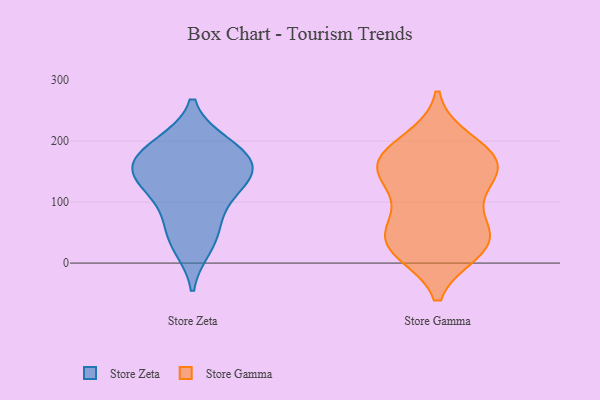
{"axis": {"x": "Market Share (%)", "y": "Value"}, "legend": ["Store Gamma", "Store Zeta"], "data": [{"x": "", "y": 126, "type": "Store Zeta"}, {"x": "", "y": 144, "type": "Store Zeta"}, {"x": "", "y": 90, "type": "Store Zeta"}, {"x": "", "y": 28, "type": "Store Zeta"}, {"x": "", "y": 191, "type": "Store Zeta"}, {"x": "", "y": 141, "type": "Store Zeta"}, {"x": "", "y": 195, "type": "Store Zeta"}, {"x": "", "y": 164, "type": "Store Zeta"}, {"x": "", "y": 164, "type": "Store Zeta"}, {"x": "", "y": 52, "type": "Store Zeta"}, {"x": "", "y": 70, "type": "Store Gamma"}, {"x": "", "y": 28, "type": "Store Gamma"}, {"x": "", "y": 140, "type": "Store Gamma"}, {"x": "", "y": 79, "type": "Store Gamma"}, {"x": "", "y": 157, "type": "Store Gamma"}, {"x": "", "y": 172, "type": "Store Gamma"}, {"x": "", "y": 135, "type": "Store Gamma"}, {"x": "", "y": 30, "type": "Store Gamma"}, {"x": "", "y": 200, "type": "Store Gamma"}, {"x": "", "y": 28, "type": "Store Gamma"}, {"x": "", "y": 184, "type": "Store Gamma"}, {"x": "", "y": 146, "type": "Store Gamma"}, {"x": "", "y": 169, "type": "Store Gamma"}, {"x": "", "y": 43, "type": "Store Gamma"}, {"x": "", "y": 20, "type": "Store Gamma"}]}